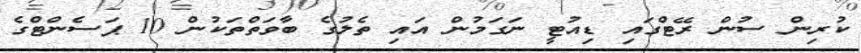
ކުރިން ސުން ރޭޓްގައި ޑިއުޓީ ނަގަމުން އައި ތެލުގެ ބާވަތްތަކުން 10 ޕަސެންޓްގެ